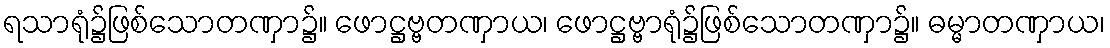
ရသာရုံ၌ဖြစ်သောတဏှာ၌။ ဖောဋ္ဌဗ္ဗတဏှာယ၊ ဖောဋ္ဌဗ္ဗာရုံ၌ဖြစ်သောတဏှာ၌။ ဓမ္မာတဏှာယ၊